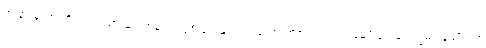
အခြားသော တိုင်းရင်းသားများအနက် လူဦးရေ များပြားသော တိုင်းရင်းသားလူမျိုးများမှာ ကျွမ်းလူမျိုး ၁၆